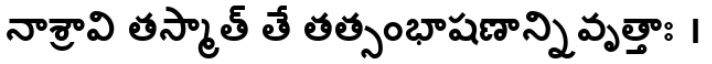
నాశ్రావి తస్మాత్ తే తత్సంభాషణాన్నివృత్తాః ।